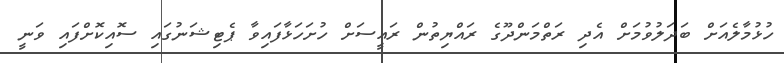
ހުޅުމާލެއަށް ބަދަލުވުމަށް އެދި ރަތްމަންދޫގެ ރައްޔިތުން ރައީސަށް ހުށަހަޅާފައިވާ ޕެޓިޝަނުގައި ސޮއިކޮށްފައި ވަނީ